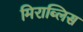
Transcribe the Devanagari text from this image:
मिराब्लिस